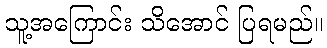
သူ့အကြောင်း သိအောင် ပြရမည်။